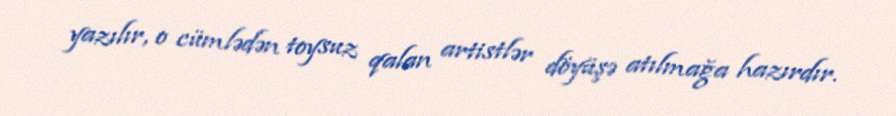
yazılır, o cümlədən toysuz qalan artistlər döyüşə atılmağa hazırdır.